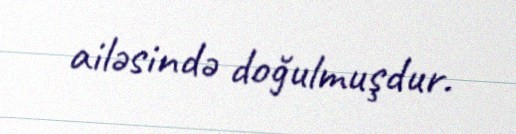
ailəsində doğulmuşdur.